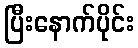
ပြီးနောက်ပိုင်း